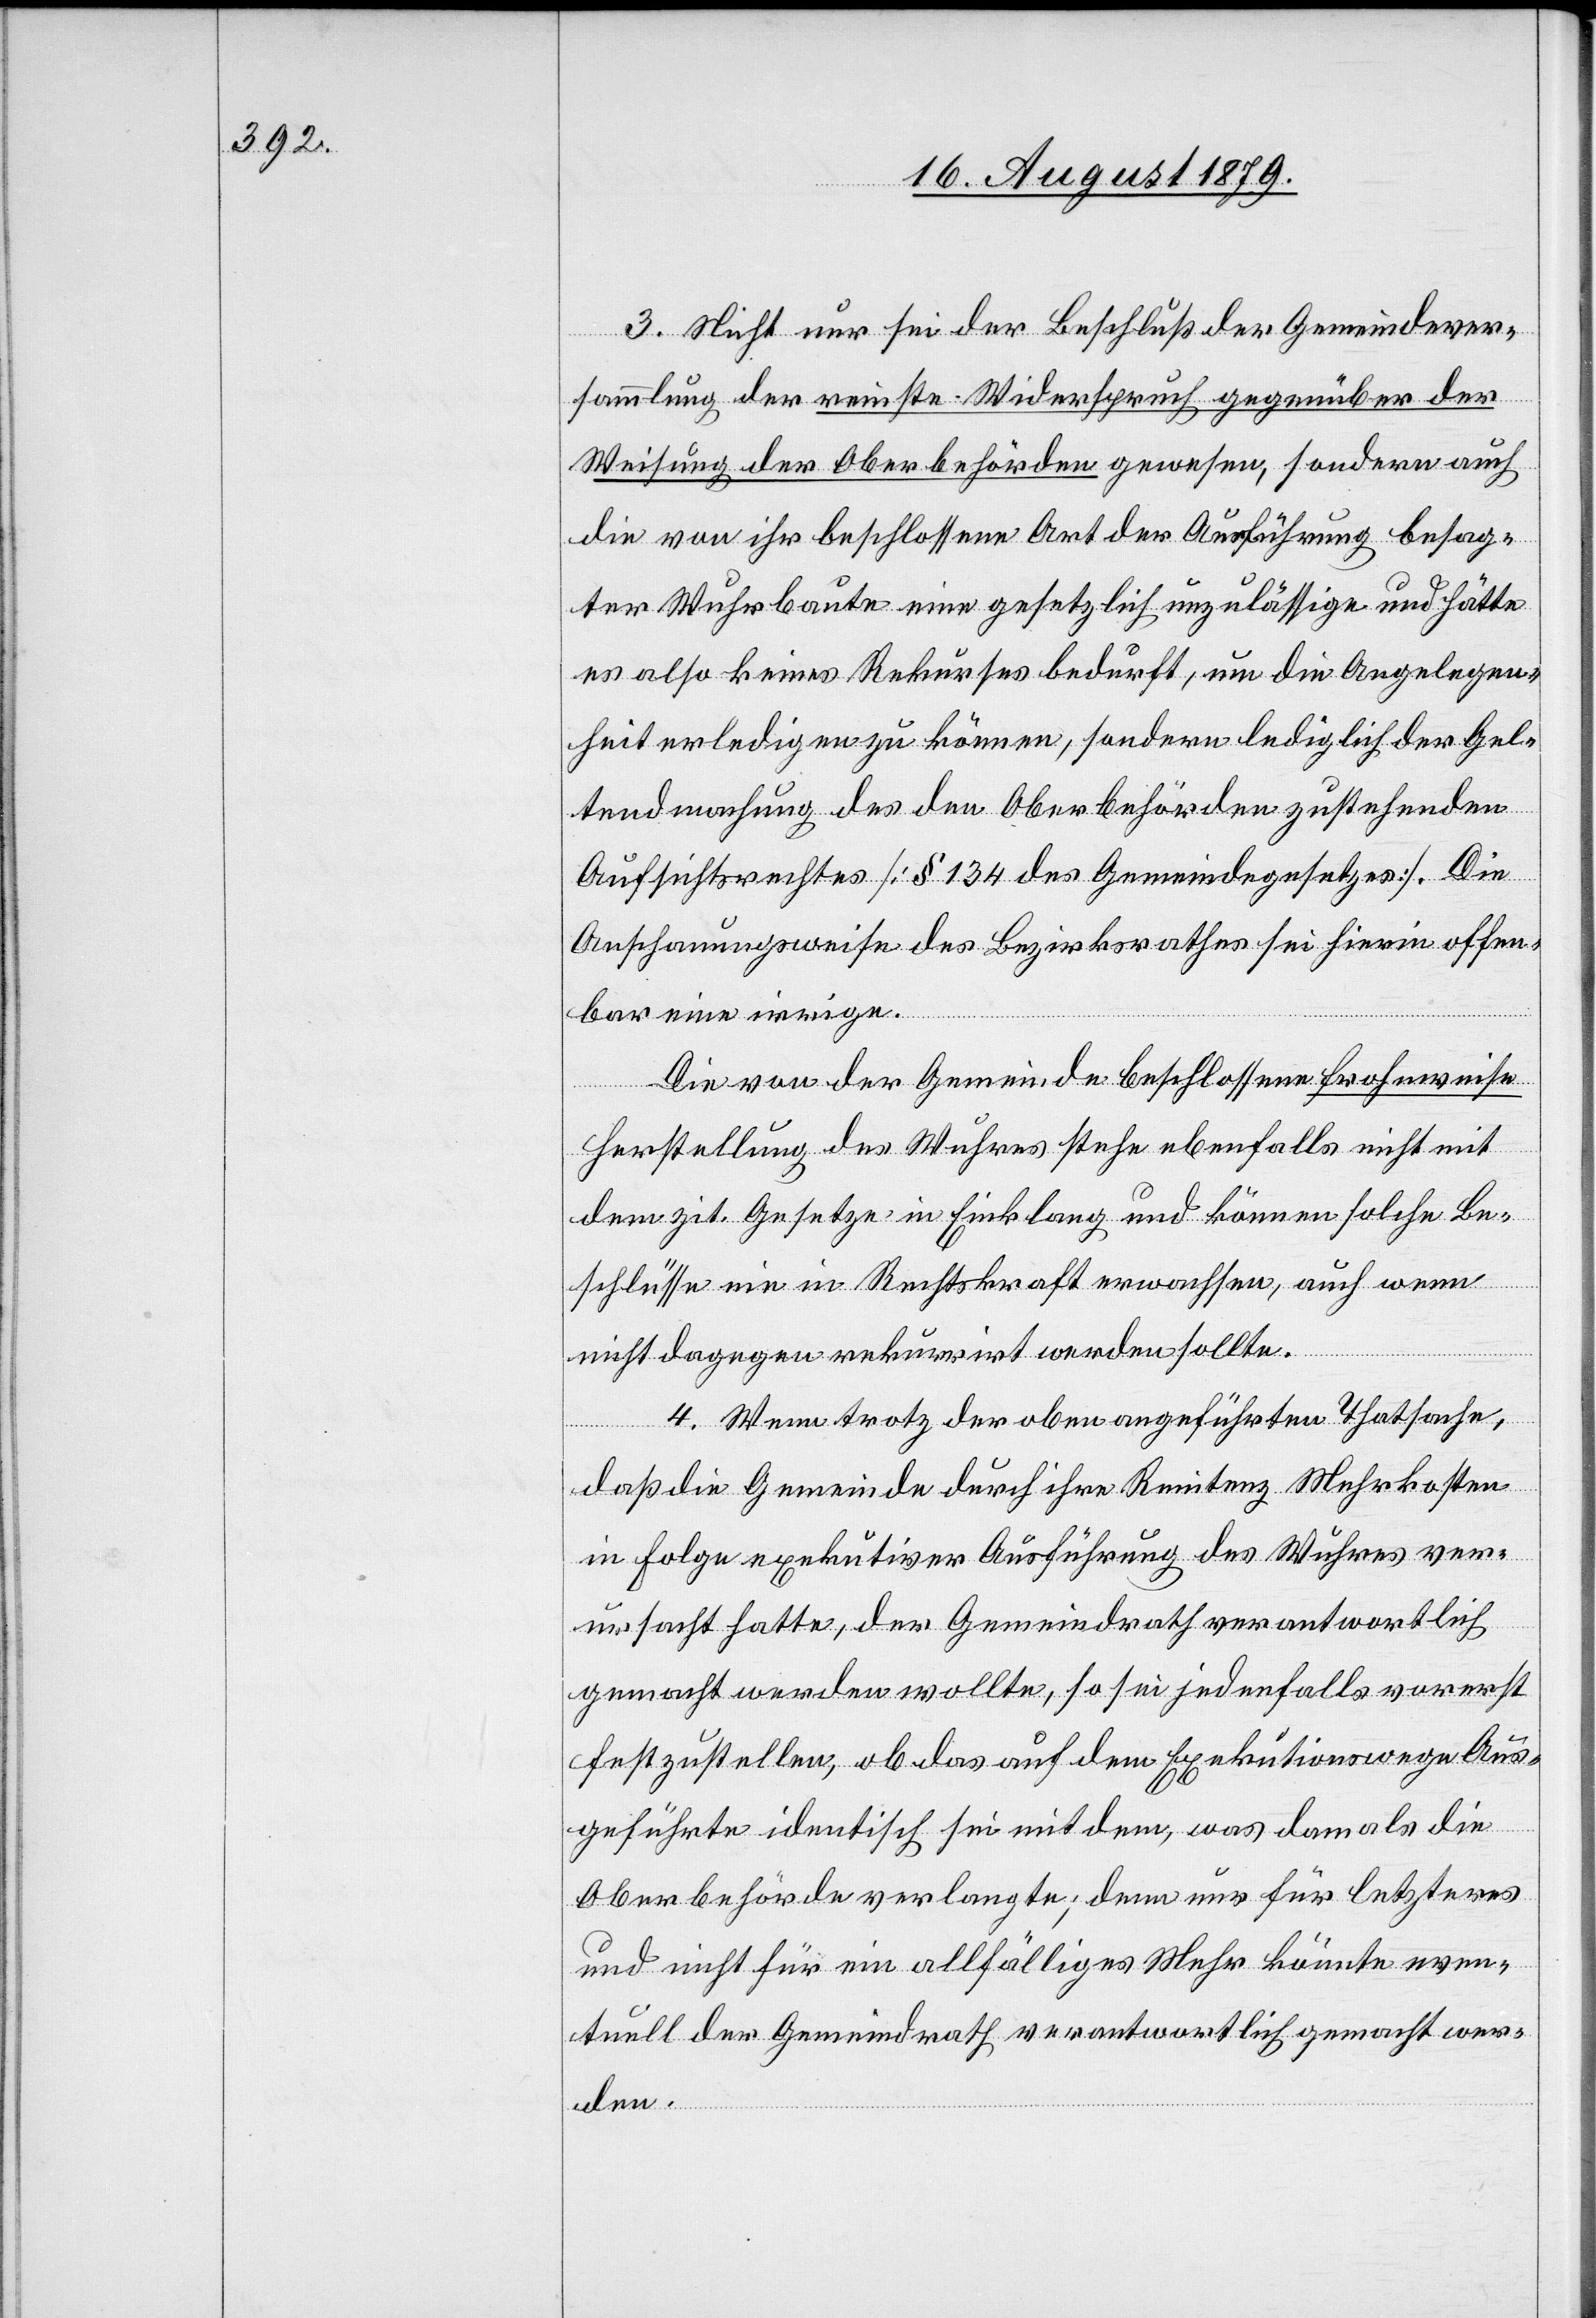
3. Nicht nur sei der Beschluß der Gemeindever¬
sammlung der reinste Widerspruch gegenüber der
Weisung der Oberbehörden gewesen, sondern auch
die von ihr beschlossene Art der Ausführung besag¬
ter Wuhrbaute eine gesetzlich unzulässige und hätte
es also keines Rekurses bedurft, um die Angelegen¬
heit erledigen zu können, sondern lediglich der Gel¬
tendmachung des den Oberbehörden zustehenden
Aufsichtsrechtes [§ 134 des Gemeindegesetzes]. Die
Anschauungsweise des Bezirksrathes sei hierin offen¬
bar eine irrige.
Die von der Gemeinde beschlossene frohnweise
Herstellung des Wuhres stehe ebenfalls nicht mit
dem zit. Gesetze in Einklang und können solche Be¬
schlüsse nie in Rechtskraft erwachsen, auch wenn
nicht dagegen rekurrirt werden sollte.
4. Wenn trotz der oben angeführten Thatsache,
daß die Gemeinde durch ihre Renitenz Mehrkosten
in Folge exekutiver Ausführung des Wuhres ver¬
ursacht hatte, der Gemeindrath verantwortlich
gemacht werden wollte, so sei jedenfalls vorerst
festzustellen, ob das auf dem Exekutionswege Aus¬
geführte identisch sei mit dem, was damals die
Oberbehörde verlangte; denn nur für letzteres
und nicht für ein allfälliges Wuhr könnte even¬
tuell der Gemeindrath verantwortlich gemacht wer¬
den.